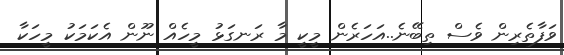
ވަފާތެރިން ވެސް ތިބޭނެ..އަހަރެން މީކީ މާ ރަނގަޅު މީހެއް ނޫން އެކަމަކު މީހަކާ